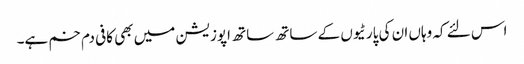
اس لئے کہ وہاں ان کی پارٹیوں کے ساتھ ساتھ اپوزیشن میں بھی کافی دم خم ہے۔